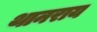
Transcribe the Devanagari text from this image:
थानराय